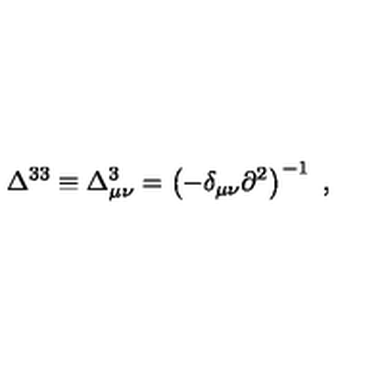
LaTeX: \Delta ^ { 3 3 } \equiv \Delta _ { \mu \nu } ^ { 3 } = \left( - \delta _ { \mu \nu } \partial ^ { 2 } \right) ^ { - 1 } \ ,